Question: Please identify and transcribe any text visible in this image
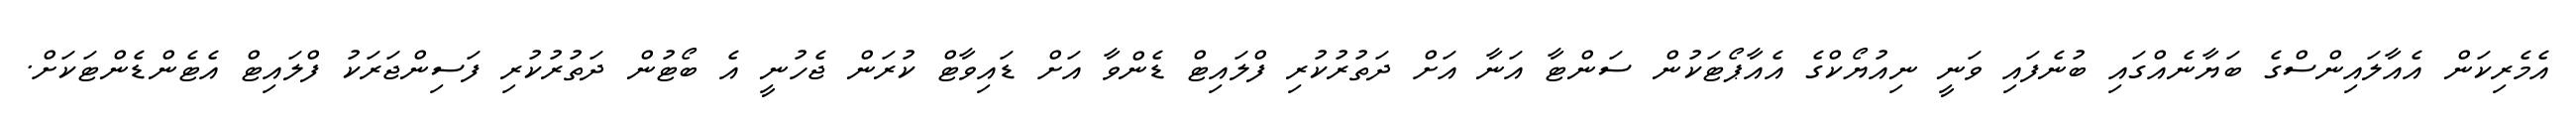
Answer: އެމެރިކަން އެއާލައިންސްގެ ބަޔާނެއްގައި ބުނެފައި ވަނީ ނިއުޔޯކްގެ އެއާޕޯޓަކުން ސަންޓާ އަނާ އަށް ދަތުރުކުރި ފްލައިޓް ޑެންވާ އަށް ޑައިވާޓް ކުރަން ޖެހުނީ އެ ބޯޓުން ދަތުރުކުރި ފަސިންޖަރަކު ފްލައިޓް އެޓެންޑެންޓަކަށް.